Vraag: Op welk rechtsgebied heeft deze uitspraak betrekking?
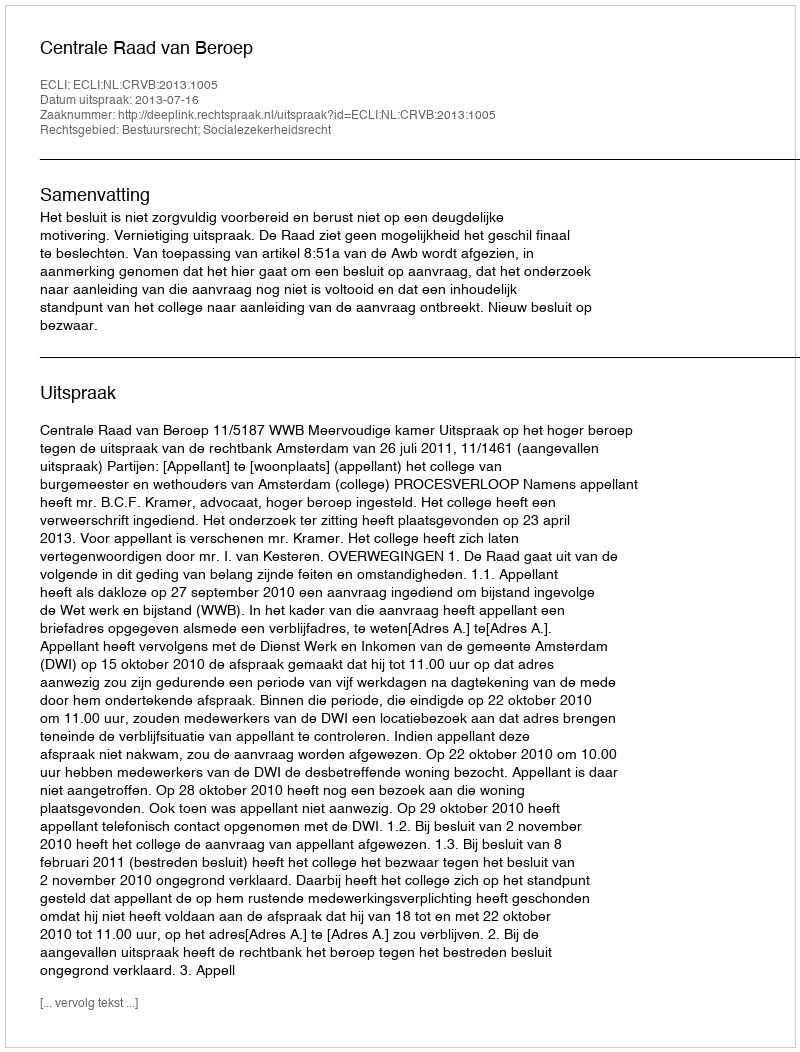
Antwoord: Bestuursrecht; Socialezekerheidsrecht